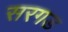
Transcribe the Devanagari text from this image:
सरगड